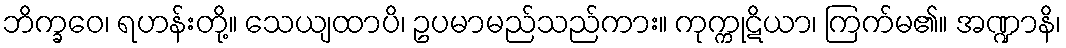
ဘိက္ခဝေ၊ ရဟန်းတို့။ သေယျထာပိ၊ ဥပမာမည်သည်ကား။ ကုက္ကုဋိယာ၊ ကြက်မ၏။ အဏ္ဍာနိ၊